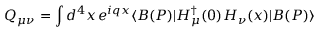
Q _ { \mu \nu } = \int d ^ { 4 } x \, e ^ { i q x } \langle B ( P ) | H _ { \mu } ^ { \dagger } ( 0 ) H _ { \nu } ( x ) | B ( P ) \rangle